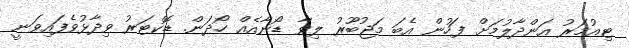
ޓިއުމަރު އަންދާލުމަށް ފަހުން އެބަ މަޖުބޫރު ލިވާ ޑޯނާއެއް ހޯދަން. ޑޮކްޓަރު ވިދާޅުވެފައިވަނީ